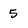
Character: 5